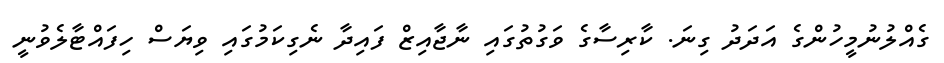
ގެއްލުނުމީހުންގެ އަދަދު ގިނަ. ކާރިސާގެ ވަގުތުގައި ނާޖާއިޒް ފައިދާ ނެގިކަމުގައި ވިޔަސް ހިފައްޓާލެވުނީ